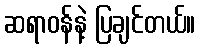
ဆရာဝန်နဲ့ ပြချင်တယ်။